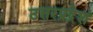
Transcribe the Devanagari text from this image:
उत्तरप्रद्रेश